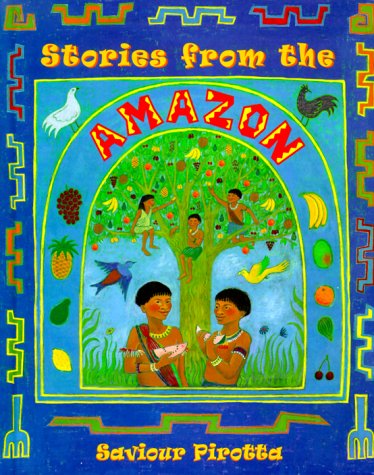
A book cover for Stories from the Amazon (Multicultural Stories); Saviour Pirotta; Children's Books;